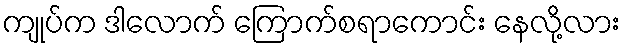
ကျုပ်က ဒါလောက် ကြောက်စရာကောင်း နေလို့လား